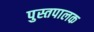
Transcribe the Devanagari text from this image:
पुस्तपालक